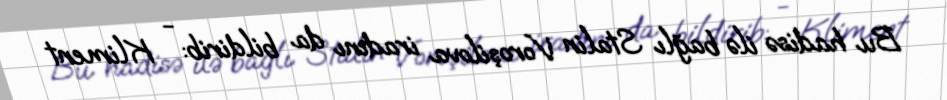
Bu hadisə ilə bağlı Stalin Voroşilova iradını da bildirib: - Kliment